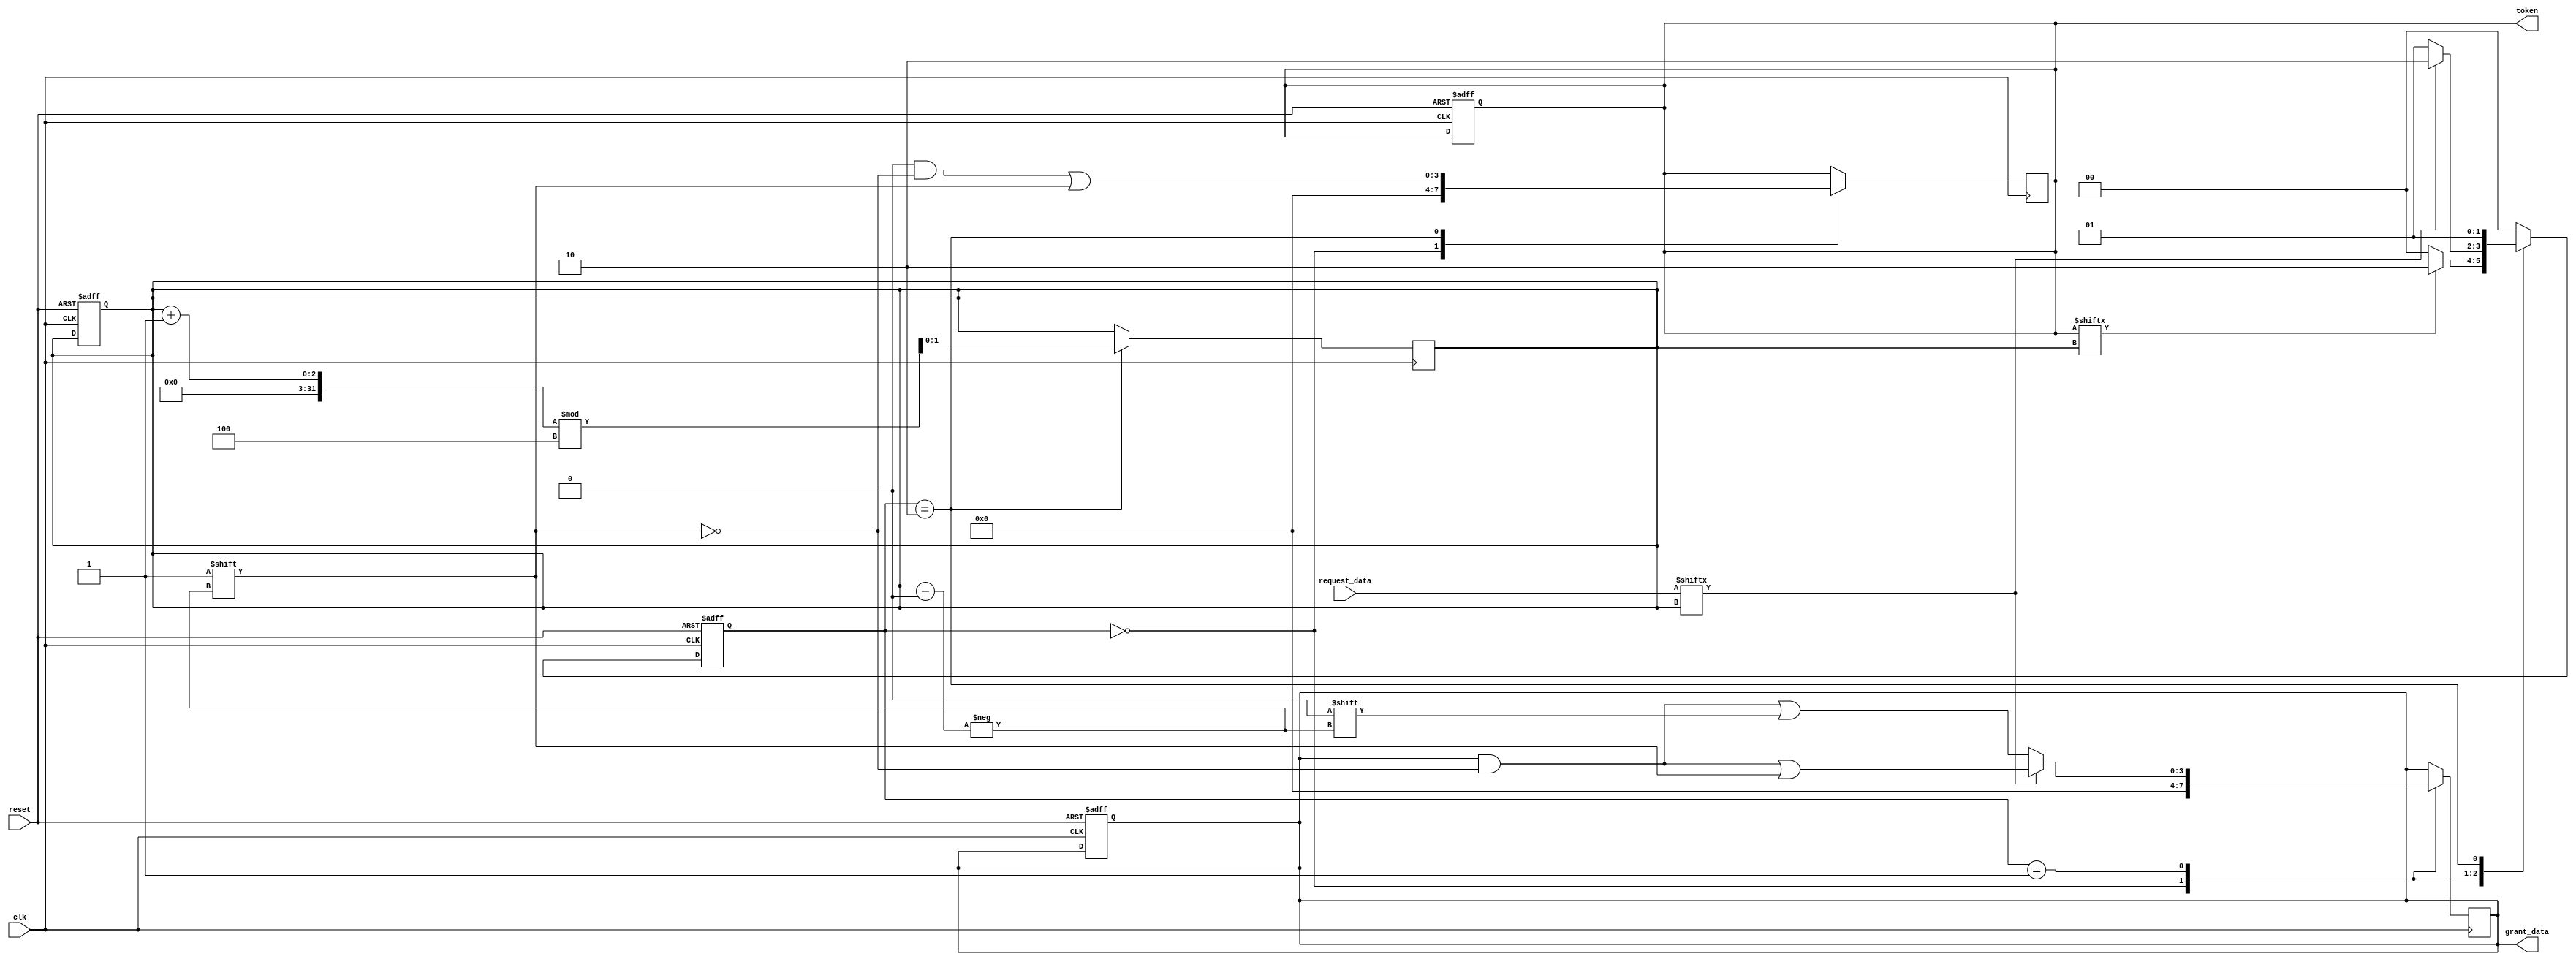
module token_ring_synchronizer #(
    parameter NUM_NODES = 4, // Number of nodes in the ring
    parameter IDLE = 2'b00,
    parameter TOKEN_PRESENT = 2'b01,
    parameter DATA_TRANSMISSION = 2'b10
)(
    input wire clk,               // Clock signal
    input wire reset,             // Reset signal
    input wire [NUM_NODES-1:0] request_data, // Data request from nodes
    output reg [NUM_NODES-1:0] token, // Token signal for each node
    output reg [NUM_NODES-1:0] grant_data // Data grant signal for each node
);

    reg [1:0] state;              // Current state of the FSM
    reg [1:0] next_state;         // Next state of the FSM
    reg [1:0] current_node;       // Current node holding the token

    // State transition logic
    always @(posedge clk or posedge reset) begin
        if (reset) begin
            state <= IDLE;
            current_node <= 0;
            token <= 0;
            grant_data <= 0;
        end else begin
            state <= next_state;
        end
    end

    // Next state logic
    always @(*) begin
        case (state)
            IDLE: begin
                if (token[current_node]) begin
                    next_state = DATA_TRANSMISSION;
                end else begin
                    next_state = IDLE;
                end
            end
            TOKEN_PRESENT: begin
                if (request_data[current_node]) begin
                    next_state = DATA_TRANSMISSION;
                end else begin
                    next_state = TOKEN_PRESENT;
                end
            end
            DATA_TRANSMISSION: begin
                // After data transmission, pass the token to the next node
                next_state = TOKEN_PRESENT;
            end
            default: next_state = IDLE;
        endcase
    end

    // Token management logic
    always @(posedge clk) begin
        case (state)
            IDLE: begin
                // No token present
                token <= 0;
                grant_data <= 0;
            end
            TOKEN_PRESENT: begin
                // Token is present, grant data if requested
                if (request_data[current_node]) begin
                    grant_data[current_node] <= 1;
                end else begin
                    grant_data[current_node] <= 0;
                end
            end
            DATA_TRANSMISSION: begin
                // Transmit data and pass the token to the next node
                token <= 0; // Release token after transmission
                current_node <= (current_node + 1) % NUM_NODES; // Pass token to next node
                token[current_node] <= 1; // Grant token to the next node
            end
        endcase
    end

    // Initial token generation at the master node (node 0)
    initial begin
        token[0] = 1; // Start with node 0 holding the token
    end

endmodule